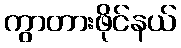
ကွာတားဖိုင်နယ်